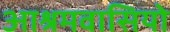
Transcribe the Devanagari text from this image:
आश्रमवासियो